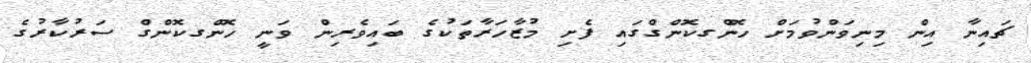
ޗައިނާ އިން މިނިވަންވުމަށް ހޮންގކޮންގްގައި ފެށި މުޒާހަރާތަކުގެ ބައިވެރިން ވަނީ ހޮންގކޮންގް ސަރުކާރުގެ